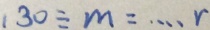
1 3 0 \div m = \cdots r